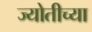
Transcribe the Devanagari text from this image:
ज्योतीच्या